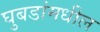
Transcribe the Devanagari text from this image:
घुबडांमधील